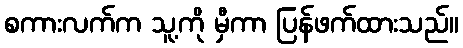
စကားလက်က သူ့ကို မှီကာ ပြန်ဖက်ထားသည်။